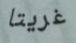
غريتا